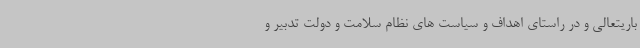
باریتعالی و در راستای اهداف و سیاست های نظام سلامت و دولت تدبیر و